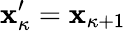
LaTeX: \mathbf{x}_{\kappa}^{\prime}=\mathbf{x}_{\kappa+1}